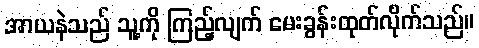
အာယနဲသည် သူ့ကို ကြည့်လျက် မေးခွန်းထုတ်လိုက်သည်။